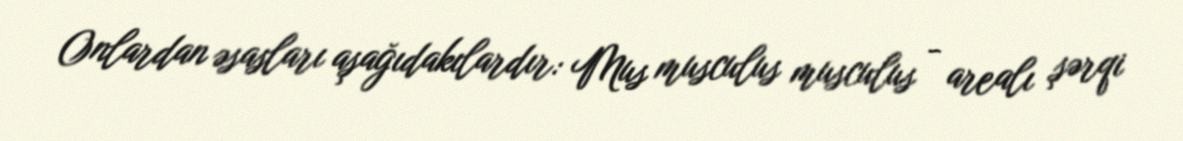
Onlardan əsasları aşağıdakılardır: Mus musculus musculus - arealı şərqi